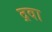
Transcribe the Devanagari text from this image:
द्रवा